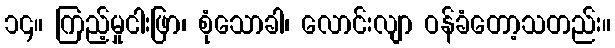
၁၄။ ကြည့်မှုငါးဖြာ၊ စုံသောခါ၊ လောင်းလျာ ဝန်ခံတော့သတည်း။